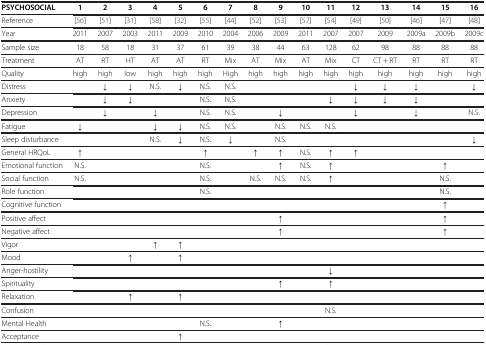
<table><thead><tr><td><b>PSYCHOSOCIAL</b></td><td><b>1</b></td><td><b>2</b></td><td><b>3</b></td><td><b>4</b></td><td><b>5</b></td><td><b>6</b></td><td><b>7</b></td><td><b>8</b></td><td><b>9</b></td><td><b>10</b></td><td><b>11</b></td><td><b>12</b></td><td><b>13</b></td><td><b>14</b></td><td><b>15</b></td><td><b>16</b></td></tr></thead><tbody><tr><td>Reference</td><td>[56]</td><td>[51]</td><td>[31]</td><td>[58]</td><td>[32]</td><td>[55]</td><td>[44]</td><td>[52]</td><td>[53]</td><td>[57]</td><td>[54]</td><td>[49]</td><td>[50]</td><td>[46]</td><td>[47]</td><td>[48]</td></tr><tr><td>Year</td><td>2011</td><td>2007</td><td>2003</td><td>2011</td><td>2009</td><td>2010</td><td>2004</td><td>2006</td><td>2009</td><td>2011</td><td>2007</td><td>2007</td><td>2009</td><td>2009a</td><td>2009b</td><td>2009c</td></tr><tr><td>Sample size</td><td>18</td><td>58</td><td>18</td><td>31</td><td>37</td><td>61</td><td>39</td><td>38</td><td>44</td><td>63</td><td>128</td><td>62</td><td>98</td><td>88</td><td>88</td><td>88</td></tr><tr><td>Treatment</td><td>AT</td><td>RT</td><td>HT</td><td>AT</td><td>AT</td><td>RT</td><td>Mix</td><td>AT</td><td>Mix</td><td>AT</td><td>Mix</td><td>CT</td><td>CT + RT</td><td>RT</td><td>RT</td><td>RT</td></tr><tr><td>Quality</td><td>high</td><td>high</td><td>low</td><td>high</td><td>high</td><td>high</td><td>High</td><td>high</td><td>high</td><td>high</td><td>high</td><td>high</td><td>high</td><td>high</td><td>high</td><td>high</td></tr><tr><td>Distress</td><td> </td><td>↓</td><td>↓</td><td>N.S.</td><td>↓</td><td>N.S.</td><td>N.S.</td><td> </td><td> </td><td> </td><td> </td><td>↓</td><td>↓</td><td>↓</td><td> </td><td>↓</td></tr><tr><td>Anxiety</td><td> </td><td>↓</td><td>↓</td><td> </td><td> </td><td>N.S.</td><td>N.S.</td><td> </td><td> </td><td> </td><td>↓</td><td>↓</td><td>↓</td><td>↓</td><td> </td><td> </td></tr><tr><td>Depression</td><td> </td><td>↓</td><td> </td><td>↓</td><td> </td><td>N.S.</td><td>N.S.</td><td> </td><td>↓</td><td> </td><td> </td><td>↓</td><td> </td><td>↓</td><td> </td><td>N.S.</td></tr><tr><td>Fatigue</td><td>↓</td><td> </td><td> </td><td>↓</td><td>↓</td><td>N.S.</td><td>N.S.</td><td> </td><td>N.S.</td><td>N.S.</td><td>N.S.</td><td> </td><td> </td><td> </td><td> </td><td> </td></tr><tr><td>Sleep disturbance</td><td> </td><td> </td><td> </td><td>N.S.</td><td>↓</td><td>N.S.</td><td>↓</td><td> </td><td>N.S.</td><td> </td><td> </td><td> </td><td> </td><td> </td><td> </td><td>↓</td></tr><tr><td>General HRQoL</td><td>↑</td><td> </td><td> </td><td> </td><td> </td><td>↑</td><td> </td><td>↑</td><td>↑</td><td>N.S.</td><td>↑</td><td>↑</td><td> </td><td> </td><td> </td><td> </td></tr><tr><td>Emotional function</td><td>N.S.</td><td> </td><td> </td><td> </td><td> </td><td>N.S.</td><td> </td><td> </td><td>↑</td><td>N.S.</td><td>↑</td><td> </td><td> </td><td> </td><td>↑</td><td> </td></tr><tr><td>Social function</td><td>N.S.</td><td> </td><td> </td><td> </td><td> </td><td>N.S.</td><td> </td><td>N.S.</td><td>N.S.</td><td>N.S.</td><td>↑</td><td> </td><td> </td><td> </td><td>N.S.</td><td> </td></tr><tr><td>Role function</td><td> </td><td> </td><td> </td><td> </td><td> </td><td>N.S.</td><td> </td><td> </td><td> </td><td> </td><td> </td><td> </td><td> </td><td> </td><td>N.S.</td><td> </td></tr><tr><td>Cognitive function</td><td> </td><td> </td><td> </td><td> </td><td> </td><td> </td><td> </td><td> </td><td> </td><td> </td><td> </td><td> </td><td> </td><td> </td><td>↑</td><td> </td></tr><tr><td>Positive affect</td><td> </td><td> </td><td> </td><td> </td><td> </td><td> </td><td> </td><td> </td><td>↑</td><td> </td><td> </td><td> </td><td> </td><td> </td><td>↑</td><td> </td></tr><tr><td>Negative affect</td><td> </td><td> </td><td> </td><td> </td><td> </td><td> </td><td> </td><td> </td><td>↑</td><td> </td><td> </td><td> </td><td> </td><td> </td><td>↑</td><td> </td></tr><tr><td>Vigor</td><td> </td><td> </td><td> </td><td>↑</td><td>↑</td><td> </td><td> </td><td> </td><td> </td><td> </td><td> </td><td> </td><td> </td><td> </td><td> </td><td> </td></tr><tr><td>Mood</td><td> </td><td> </td><td>↑</td><td> </td><td>↑</td><td> </td><td> </td><td> </td><td> </td><td> </td><td> </td><td> </td><td> </td><td> </td><td> </td><td> </td></tr><tr><td>Anger-hostility</td><td> </td><td> </td><td> </td><td> </td><td> </td><td> </td><td> </td><td> </td><td> </td><td> </td><td>↓</td><td> </td><td> </td><td> </td><td> </td><td> </td></tr><tr><td>Spirituality</td><td> </td><td> </td><td> </td><td> </td><td> </td><td> </td><td> </td><td> </td><td>↑</td><td> </td><td>↑</td><td> </td><td> </td><td> </td><td> </td><td> </td></tr><tr><td>Relaxation</td><td> </td><td> </td><td>↑</td><td> </td><td>↑</td><td> </td><td> </td><td> </td><td> </td><td> </td><td> </td><td> </td><td> </td><td> </td><td> </td><td> </td></tr><tr><td>Confusion</td><td> </td><td> </td><td> </td><td> </td><td> </td><td> </td><td> </td><td> </td><td> </td><td> </td><td>N.S.</td><td> </td><td> </td><td> </td><td> </td><td> </td></tr><tr><td>Mental Health</td><td> </td><td> </td><td> </td><td> </td><td> </td><td>N.S.</td><td> </td><td> </td><td>↑</td><td> </td><td> </td><td> </td><td> </td><td> </td><td> </td><td> </td></tr><tr><td>Acceptance</td><td> </td><td> </td><td> </td><td> </td><td>↑</td><td> </td><td> </td><td> </td><td> </td><td> </td><td> </td><td> </td><td> </td><td> </td><td> </td><td> </td></tr></tbody></table>